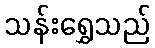
သန်းရွှေသည်